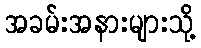
အခမ်းအနားများသို့